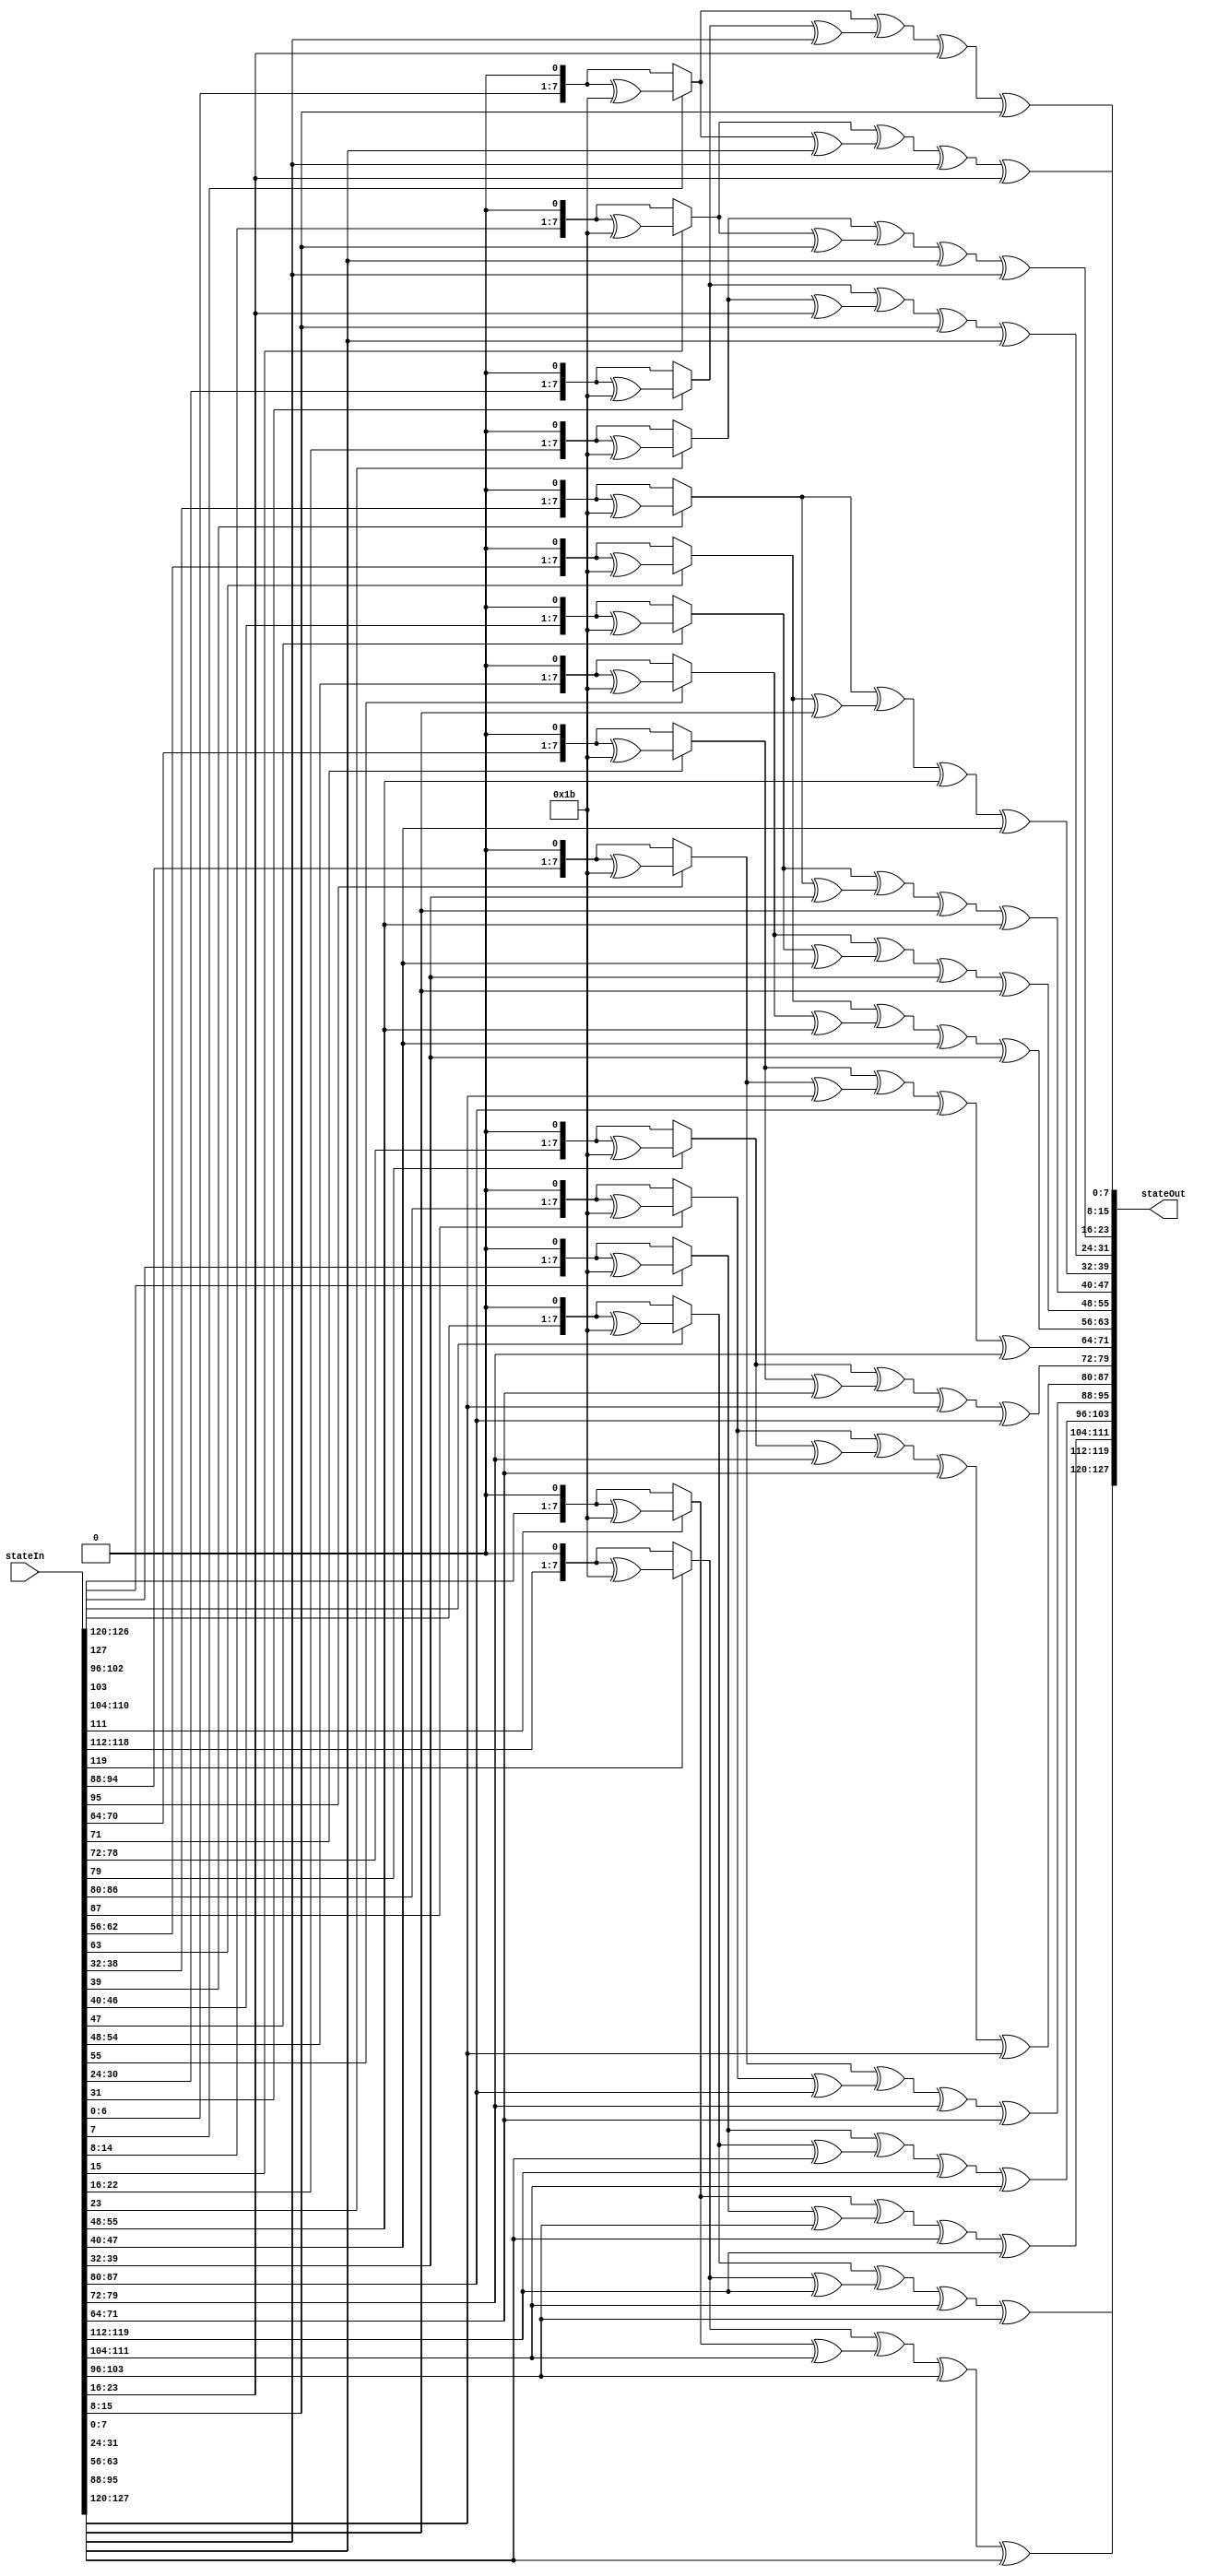

module MixColumns(stateIn, stateOut);
	input [127:0] stateIn;
	output [127:0] stateOut;

	// Function to multiply by 2 and fix the overflow
	function [7:0] xtime;
		input [7:0] in;
		if(in[7] == 1) xtime = (in << 1) ^ 8'h1B;
		else xtime = in << 1;
	endfunction

	genvar i;
	generate
		for(i = 0; i < 4; i = i + 1)begin: mixColumnsLoop
			// state[0,c] = 2*state[0,c] + (2 * state[1,c] + state[1,c]) + state[2,c] + state[3,c]
			assign stateOut[32*i+24+:8] =  xtime(stateIn[32*i+24+:8]) ^ (xtime(stateIn[32*i+16+:8]) ^ stateIn[32*i+16+:8]) ^ stateIn[32*i+8 +:8] ^ stateIn[32*i   +:8];
			
			// state[1,c] = 2*state[1,c] + (2 * state[2,c] + state[2,c]) + state[3,c] + state[0,c]
			assign stateOut[32*i+16+:8] =  xtime(stateIn[32*i+16+:8]) ^ (xtime(stateIn[32*i+8 +:8]) ^ stateIn[32*i+8 +:8]) ^ stateIn[32*i   +:8] ^ stateIn[32*i+24+:8];
			
			// state[2,c] = 2*state[2,c] + (2 * state[3,c] + state[3,c]) + state[0,c] + state[1,c]
			assign stateOut[32*i+8 +:8] =  xtime(stateIn[32*i+8 +:8]) ^ (xtime(stateIn[32*i   +:8]) ^ stateIn[32*i   +:8]) ^ stateIn[32*i+24+:8] ^ stateIn[32*i+16+:8];
			
			// state[3,c] = 2*state[3,c] + (2 * state[0,c] + state[0,c]) + state[1,c] + state[2,c]
			assign stateOut[32*i   +:8] =  xtime(stateIn[32*i   +:8]) ^ (xtime(stateIn[32*i+24+:8]) ^ stateIn[32*i+24+:8]) ^ stateIn[32*i+16+:8] ^ stateIn[32*i+8 +:8];
		end
	endgenerate
endmodule

module MixColumns_DUT();
	reg [127:0] stateIn;
	wire [127:0] stateOut;

	MixColumns mc(stateIn, stateOut);

	initial begin
		stateIn = 128'h6353e08c0960e104cd70b751bacad0e7;
		#10
		stateIn = 128'h84e1dd691a41d76f792d389783fbac70;
		#10
		stateIn = 128'h1fb5430ef0accf64aa370cde3d77792c;
	end

	initial begin
		$display("MixColumns_DUT");
        $display("==================================");
		$monitor("Expected: 5f72641557f5bc92f7be3b291db9f91a, Actual: %h\n",stateOut);
		#10
		$monitor("Expected: 9f487f794f955f662afc86abd7f1ab29, Actual: %h\n",stateOut);
		#10
		$monitor("Expected: b7a53ecbbf9d75a0c40efc79b674cc11, Actual: %h\n",stateOut);
	end
endmodule